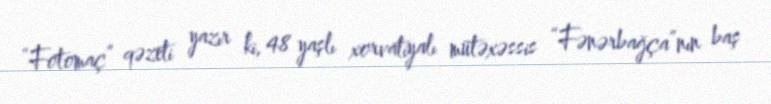
“Fotomaç” qəzeti yazır ki, 48 yaşlı xorvatiyalı mütəxəssis “Fənərbağça”nın baş